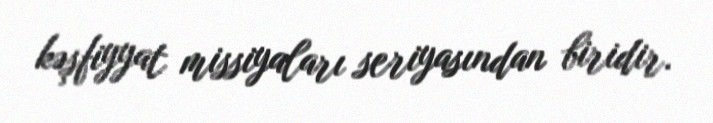
kəşfiyyat missiyaları seriyasından biridir.